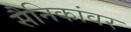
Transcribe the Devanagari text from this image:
सैनिकांवर